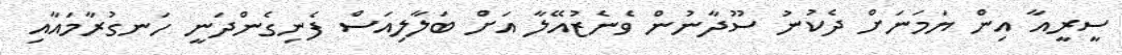
ސީރީއާ އިން ޔަމަނަށް ދެކުނު ސޫދާނުން ވެނެޒުއޭލާ އަށް ބަލާލިއަސް ފެނިގެންދަނީ ހަނގުރާމައާއި